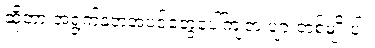
ဆိုတာ အရွက်နုတဲ့အပင်တွေပေါ်ကျတဲ့ ပျားတစ်မျိုးပါ။